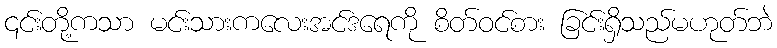
၎င်းတို့ကသာ မင်းသားကလေးအင်ဒရေကို စိတ်ဝင်စား ခြင်းရှိသည်မဟုတ်ဘဲ